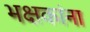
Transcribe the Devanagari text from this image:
भक्षकांना